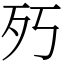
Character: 㱙